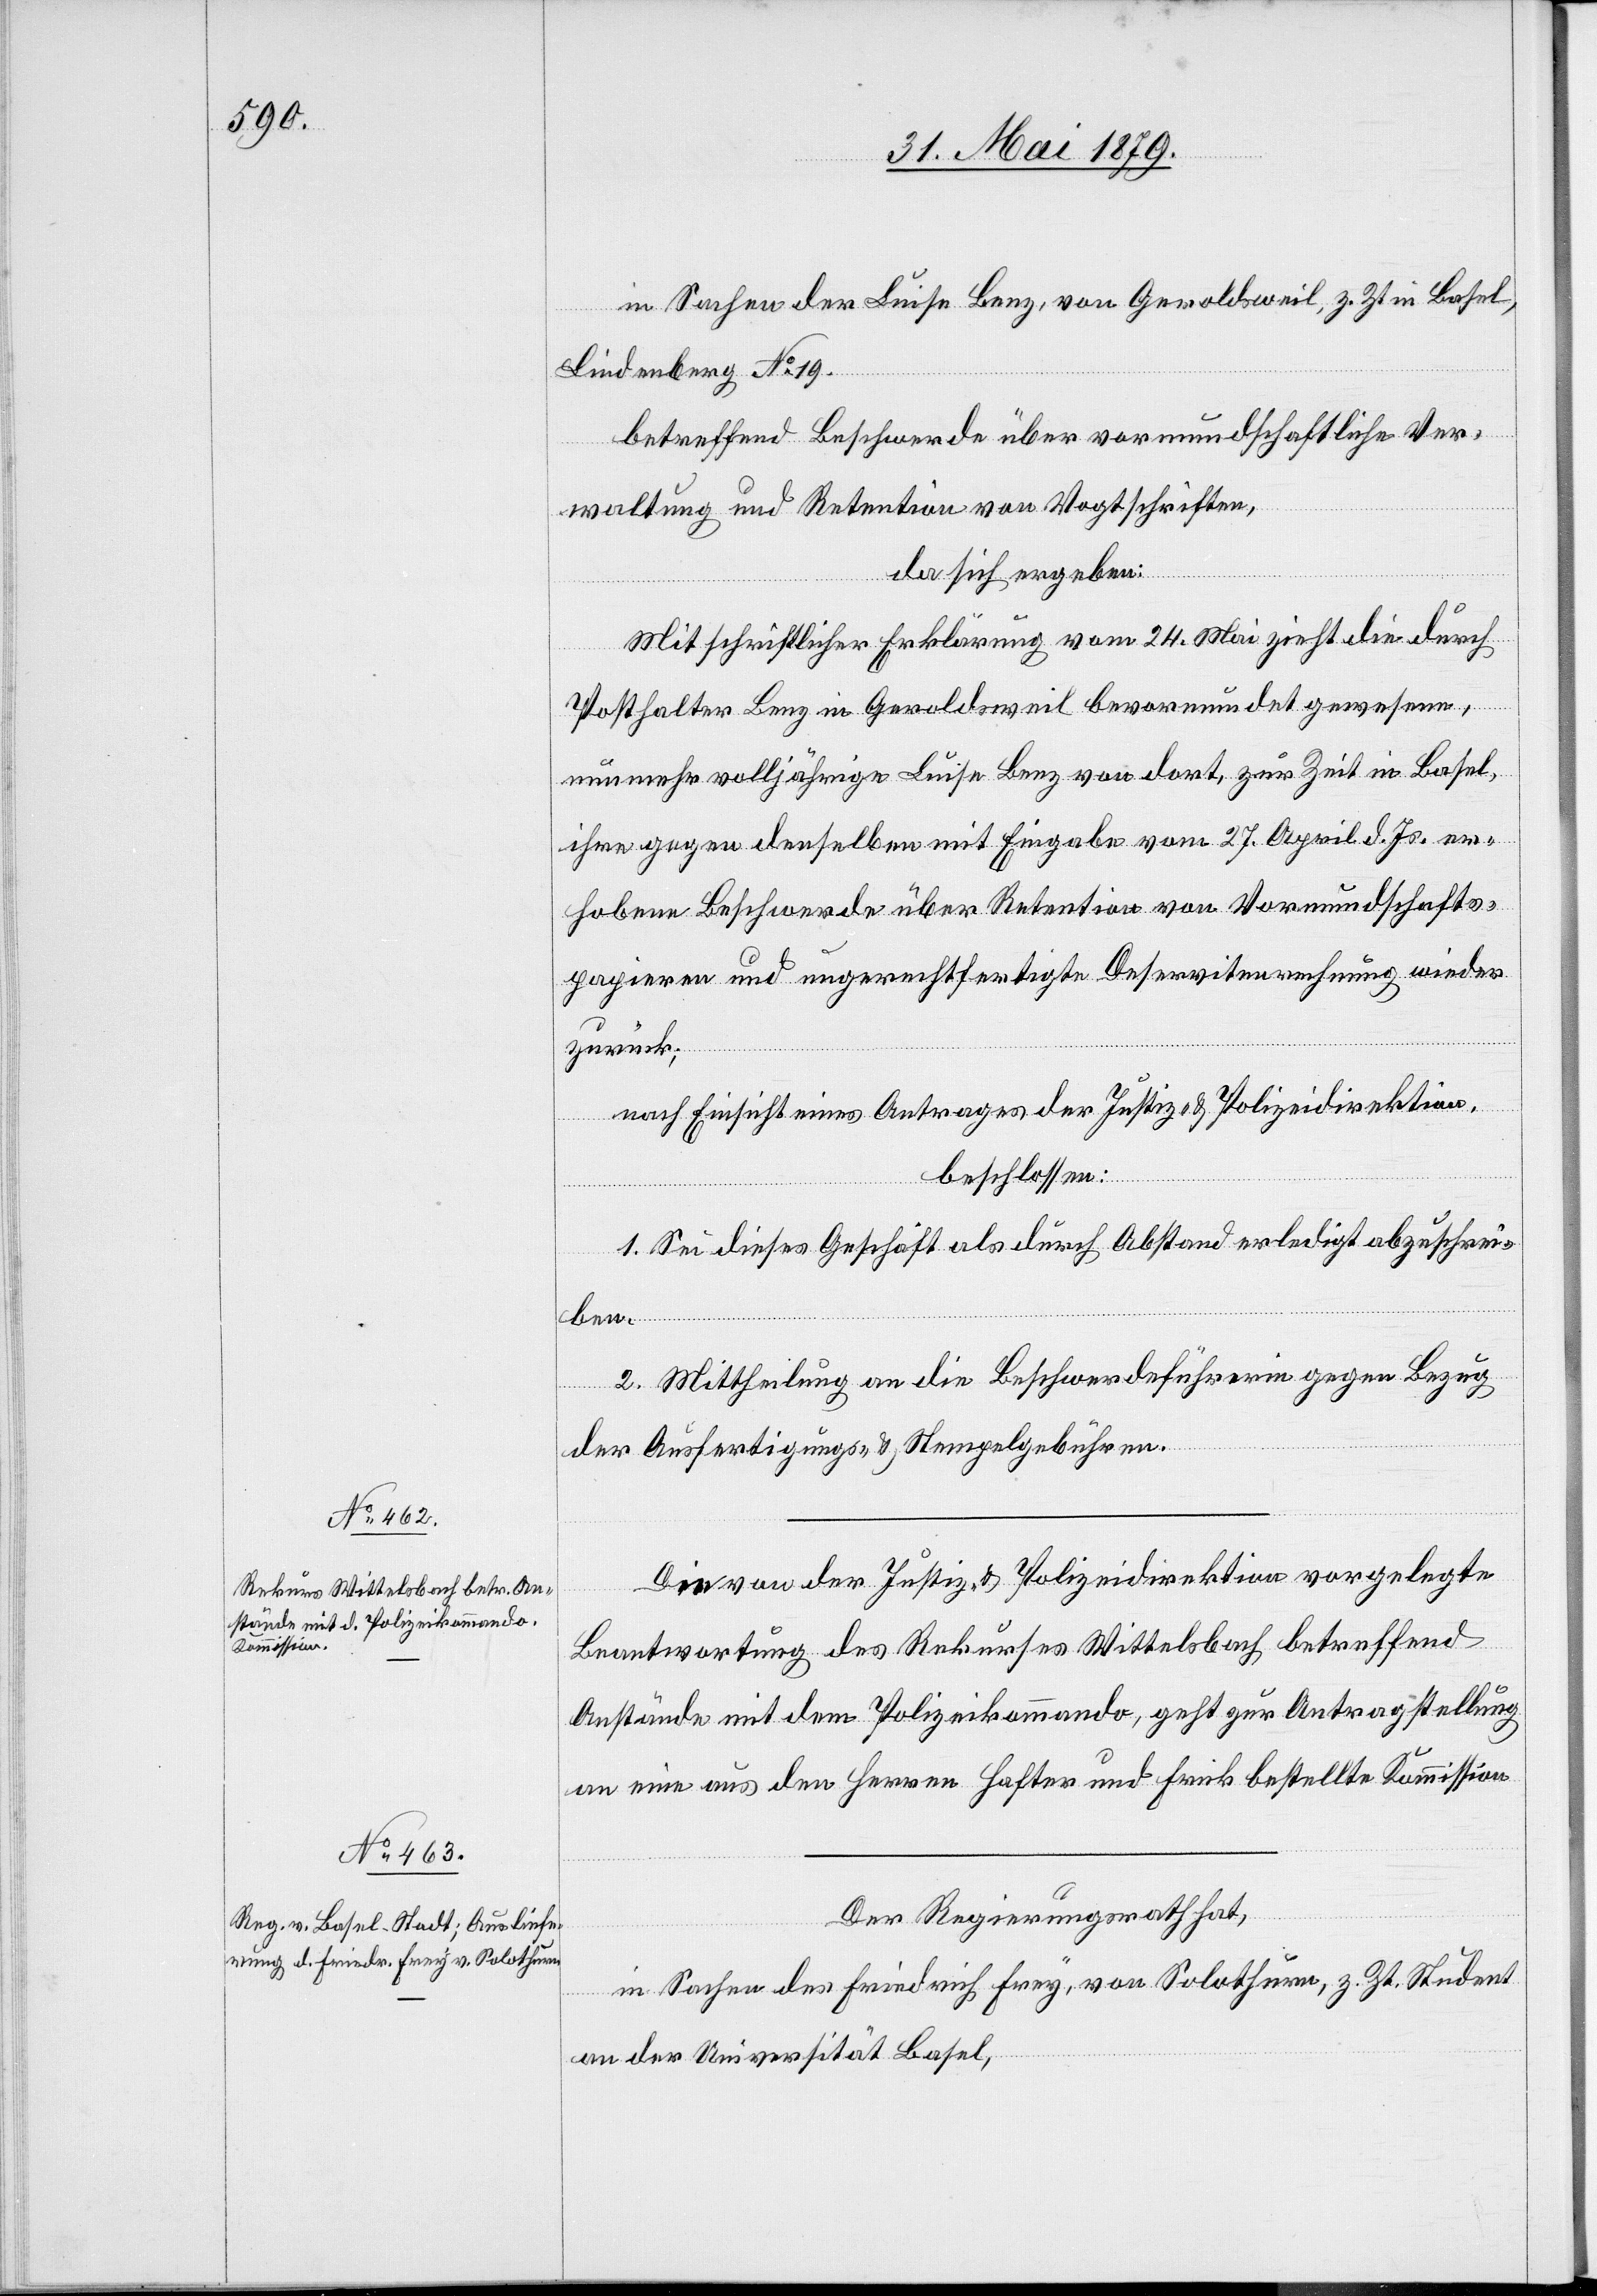
in Sachen der Luise Benz, von Geroldsweil, z. Zt. in Basel,
Lindenberg No 19.
betreffend Beschwerde über vormundschaftliche Ver¬
waltung und Retention von Vogtschriften,
da sich ergeben:
Mit schriftlicher Erklärung vom 24. Mai zieht die durch
Posthalter Benz in Geroldsweil bevormundet gewesene,
nunmehr volljährige Luise Benz von dort, zur Zeit in Basel,
ihre gegen denselben mit Eingabe vom 27. April d. Js. er¬
hobene Beschwerde über Retention von Vormundschafts¬
papieren und ungerechtfertigte Deservitenrechnung wieder
zurück;
nach Einsicht eines Antrages der Justiz- & Polizeidirektion,
beschlossen:
1. Sei dieses Geschäft als durch Abstand erledigt abzuschrei¬
ben.
2. Mittheilung an die Beschwerdeführerin gegen Bezug
der Ausfertigungs- & Stempelgebühren.
Die von der Justiz- & Polizeidirektion vorgelegte
Beantwortung des Rekurses Wittelsbach betreffend
Anstände mit dem Polizeikommando, geht zur Antragstellung
an eine aus den Herren Hafter und Frick bestellte Kommission[.]
Der Regierungsrath hat,
in Sachen des Friedrich Frey, von Solothurn, z. Zt. Student
an der Universität Basel,